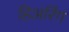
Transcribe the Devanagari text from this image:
हिअरिंग